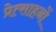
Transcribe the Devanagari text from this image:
प्रेत्साहनों